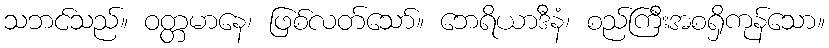
သဘင်သည်။ ဝတ္တမာနေ၊ ဖြစ်လတ်သော်။ ဘေရိယာဒီနံ၊ စည်ကြီးအစရှိကုန်သော။